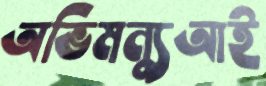
অভিমন্যুআই